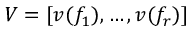
V = [ v ( f _ { 1 } ) , \ldots , v ( f _ { r } ) ]